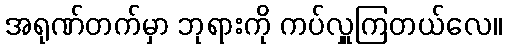
အရုဏ်တက်မှာ ဘုရားကို ကပ်လှူကြတယ်လေ။